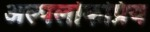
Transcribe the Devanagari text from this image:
अल्पलोकप्रिय